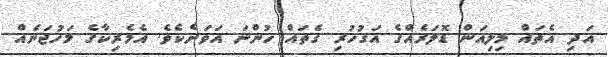
އަދި އެތައް މިލިއަން ޑޮލަރެއްގެ އަގުހުރި ގެތައް ހުންނަ އަވަށެކެވެ. އެމެރިކާގެ މަހުޖަނެއް